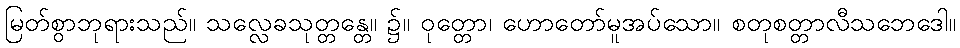
မြတ်စွာဘုရားသည်။ သလ္လေခသုတ္တန္တေ။ ၌။ ဝုတ္တော၊ ဟောတော်မူအပ်သော။ စတုစတ္တာလီသဘေဒေါ။